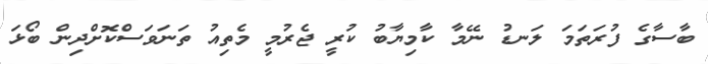
ބާސާގެ ފުރަތަމަ ލަނޑު ނޭމާ ކާމިޔާބު ކުރީ ޖެރުމީ މެތިއު ތަނަވަސްކޮށްދިން ބޯޅަ